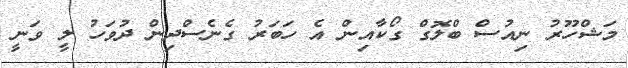
މަޝްހޫރު ނިއުސް ބްލޮގް ގޯކާއިން އެ ހަބަރު ގެނެސްދިން ދުވަހު ލީ ވަނީ